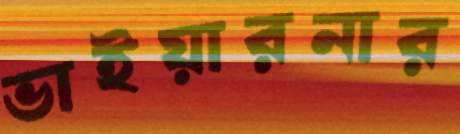
ভাইয়ারনার